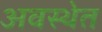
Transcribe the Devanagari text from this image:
अवस्‍थेत